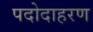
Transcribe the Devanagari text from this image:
पदोदाहरण